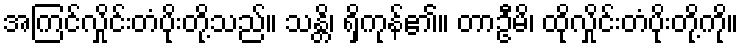
အကြင်လှိုင်းတံပိုးတို့သည်။ သန္တိ၊ ရှိကုန်၏။ တာဦမိ၊ ထိုလှိုင်းတံပိုးတို့ကို။